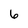
Character: 6